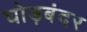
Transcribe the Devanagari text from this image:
घोड़बंदर